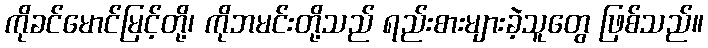
ကိုခင်မောင်မြင့်တို့၊ ကိုဘမင်းတို့သည် ရည်းစားများခဲ့သူတွေ ဖြစ်သည်။